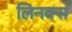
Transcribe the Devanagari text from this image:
लिनक्‍स